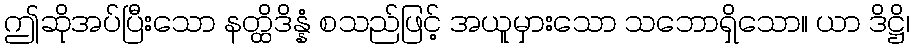
ဤဆိုအပ်ပြီးသော နတ္ထိဒိန္နံ စသည်ဖြင့် အယူမှားသော သဘောရှိသော။ ယာ ဒိဋ္ဌိ၊